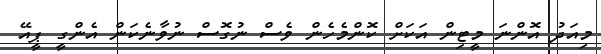
މިއަދު އޮންނަ މީޓިން އަކަށް ކޮންމެހެން ވެސް ނުގޮސް ނުވާނެކަން އެންގީ ޕީއޭ